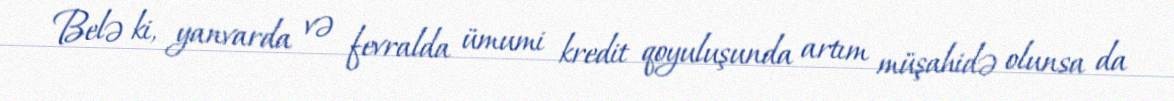
Belə ki, yanvarda və fevralda ümumi kredit qoyuluşunda artım müşahidə olunsa da